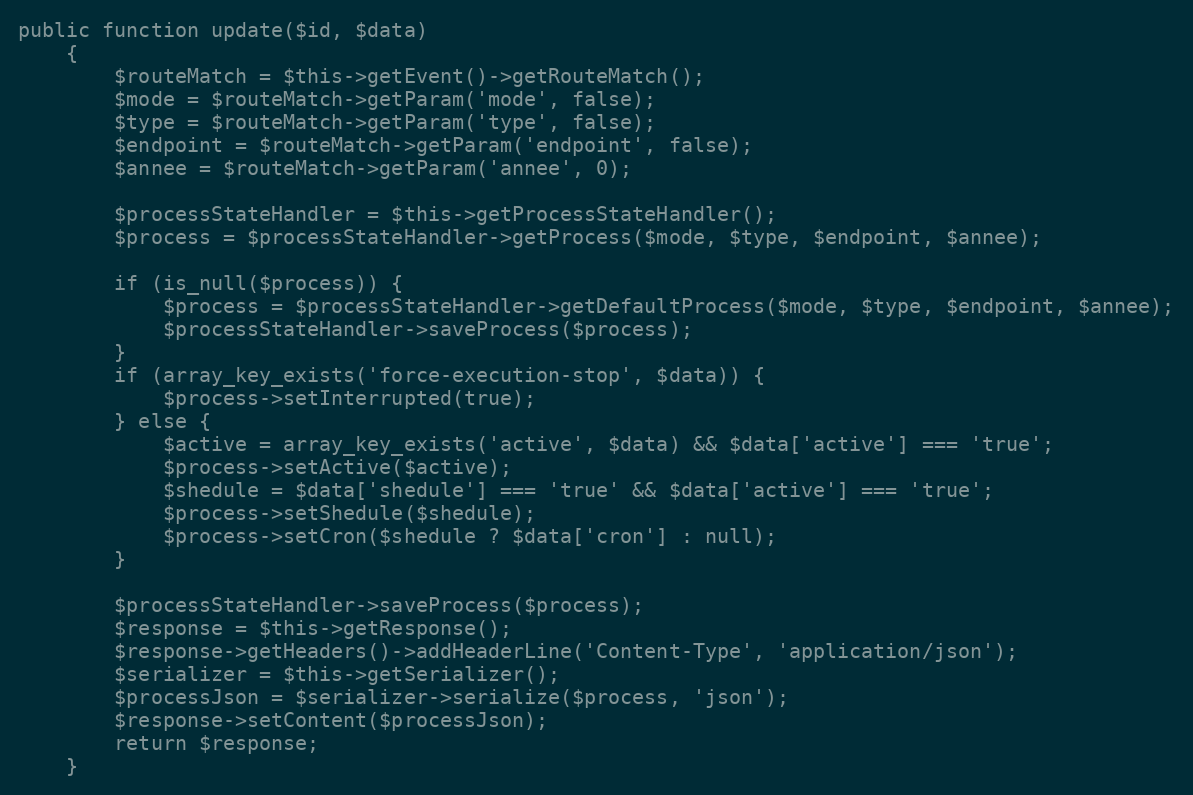
Language: PHP
public function update($id, $data)
    {
        $routeMatch = $this->getEvent()->getRouteMatch();
        $mode = $routeMatch->getParam('mode', false);
        $type = $routeMatch->getParam('type', false);
        $endpoint = $routeMatch->getParam('endpoint', false);
        $annee = $routeMatch->getParam('annee', 0);

        $processStateHandler = $this->getProcessStateHandler();
        $process = $processStateHandler->getProcess($mode, $type, $endpoint, $annee);

        if (is_null($process)) {
            $process = $processStateHandler->getDefaultProcess($mode, $type, $endpoint, $annee);
            $processStateHandler->saveProcess($process);
        }
        if (array_key_exists('force-execution-stop', $data)) {
            $process->setInterrupted(true);
        } else {
            $active = array_key_exists('active', $data) && $data['active'] === 'true';
            $process->setActive($active);
            $shedule = $data['shedule'] === 'true' && $data['active'] === 'true';
            $process->setShedule($shedule);
            $process->setCron($shedule ? $data['cron'] : null);
        }

        $processStateHandler->saveProcess($process);
        $response = $this->getResponse();
        $response->getHeaders()->addHeaderLine('Content-Type', 'application/json');
        $serializer = $this->getSerializer();
        $processJson = $serializer->serialize($process, 'json');
        $response->setContent($processJson);
        return $response;
    }